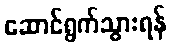
ဆောင်ရွက်သွားရန်